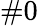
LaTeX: \# 0